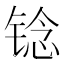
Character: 𫓻